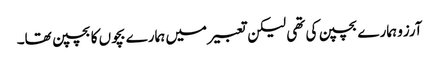
آرزو ہمارے بچپن کی تھی لیکن تعبیر میں ہمارے بچوں کا بچپن تھا۔